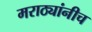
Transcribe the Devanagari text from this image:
मराठ्यांनीच